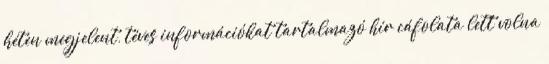
héten megjelent, téves információkat tartalmazó hír cáfolata lett volna